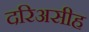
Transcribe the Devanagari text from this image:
दरिअसीह